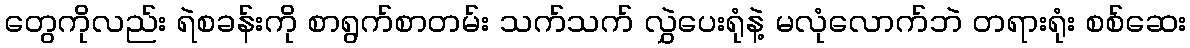
တွေကိုလည်း ရဲစခန်းကို စာရွက်စာတမ်း သက်သက် လွှဲပေးရုံနဲ့ မလုံလောက်ဘဲ တရားရုံး စစ်ဆေး